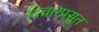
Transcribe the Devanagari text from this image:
विचारप्रसूत